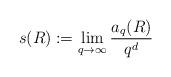
LaTeX: \begin{align*} s(R) := \lim_{ q \rightarrow \infty} \frac{a_q(R)}{q^d} \end{align*}